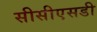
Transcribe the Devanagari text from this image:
सीसीएसडी